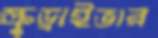
স্ক্রুড্রাইভার